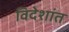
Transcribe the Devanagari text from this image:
विदेशांत